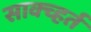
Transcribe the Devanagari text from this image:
साक्च्हर्त